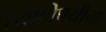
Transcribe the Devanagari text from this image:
त्याविषयीचा